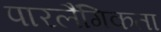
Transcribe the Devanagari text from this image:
पारलैंगिकता